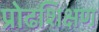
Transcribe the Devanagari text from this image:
प्रोढशिक्षण